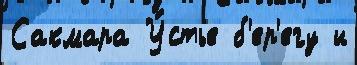
Сакмара У́стье б'ер'егу и